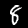
Digit: 8